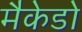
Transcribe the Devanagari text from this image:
मैकेडो